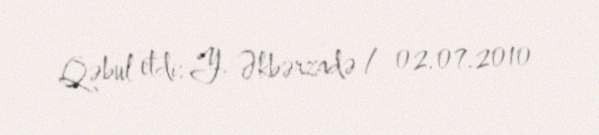
Qəbul etdi: Y. Əkbərzadə / 02.07.2010